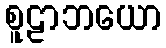
စူဠာဘယော